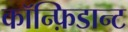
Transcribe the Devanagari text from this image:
कॉन्फ़िडान्ट